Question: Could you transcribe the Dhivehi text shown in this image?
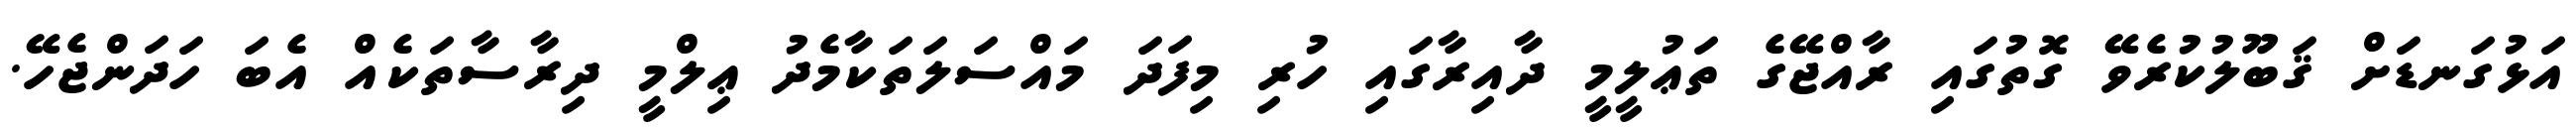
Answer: އަޅުގަނޑަށް ޤަބޫލުކުރެވޭ ގޮތުގައި ރާއްޖޭގެ ތަޢުލީމީ ދާއިރާގައި ހުރި މިފަދަ މައްސަލަތަކާމެދު ޢިލްމީ ދިރާސާތަކެއް އެބަ ހަދަންޖެހޭ.